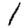
Digit: 1